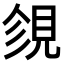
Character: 𧠝